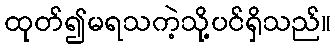
ထုတ်၍မရသကဲ့သို့ပင်ရှိသည်။